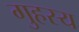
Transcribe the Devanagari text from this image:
गुहस्य